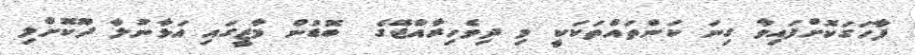
ފާހަގަކޮށްފައިވާ ގިނަ ކަންތައްތަކަކީ މި ދިވެހިރާއްޖޭގެ  ބޮޑުން މާޒީގައި އަޅާނުލާ ދޫކޮށްލި